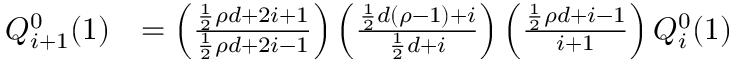
\begin{array} { r l } { Q _ { i + 1 } ^ { 0 } ( 1 ) } & { = \left( \frac { \frac { 1 } { 2 } \rho d + 2 i + 1 } { \frac { 1 } { 2 } \rho d + 2 i - 1 } \right) \left( \frac { \frac { 1 } { 2 } d ( \rho - 1 ) + i } { \frac { 1 } { 2 } d + i } \right) \left( \frac { \frac { 1 } { 2 } \rho d + i - 1 } { i + 1 } \right) Q _ { i } ^ { 0 } ( 1 ) } \end{array}